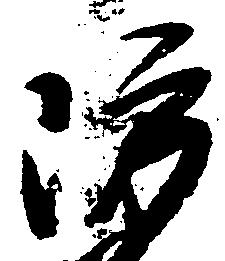
防